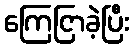
ကြေငြာခဲ့ပြီး